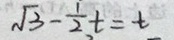
\sqrt { 3 } - \frac { 1 } { 2 } t = t